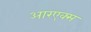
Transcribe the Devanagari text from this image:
आरएक्स